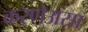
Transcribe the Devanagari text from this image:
करणेअसा